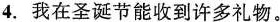
4.我在圣诞节能收到许多礼物。